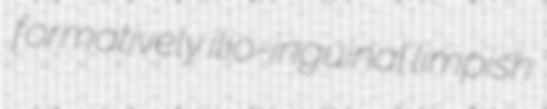
formatively ilio-inguinal limpish